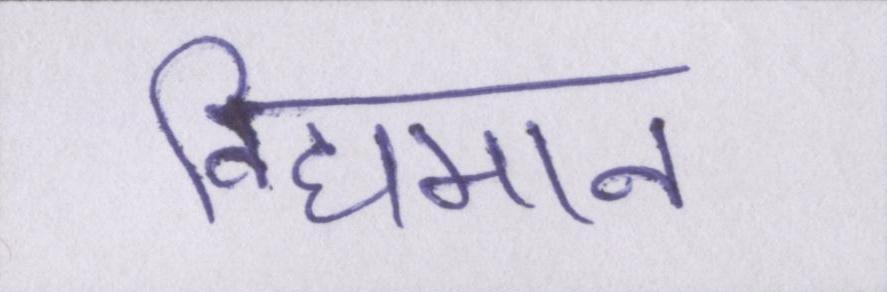
विद्यमान